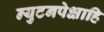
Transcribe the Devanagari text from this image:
न्युटनपेक्षाहि